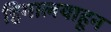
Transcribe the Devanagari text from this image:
हिमालयाहून